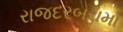
રાજદરબરામા